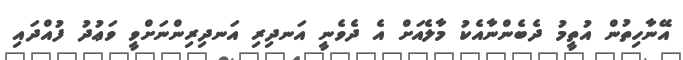
އޭނާހިތުން އުތީމު ދެބެންނާއެކު މާލެއަށް އެ ދެވެނީ އަނދިރި އަނދިރިންނަށްވީ ވަޢުދު ފުއްދައި